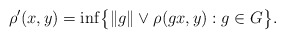
\begin{gather*} \rho'(x,y) = \inf \bigl\{ \|g\| \vee \rho(gx,y) : g \in G \bigr\}.\end{gather*}